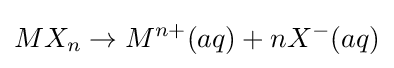
MX_{n}\rightarrow M^{n+}(aq)+nX^{-}(aq)